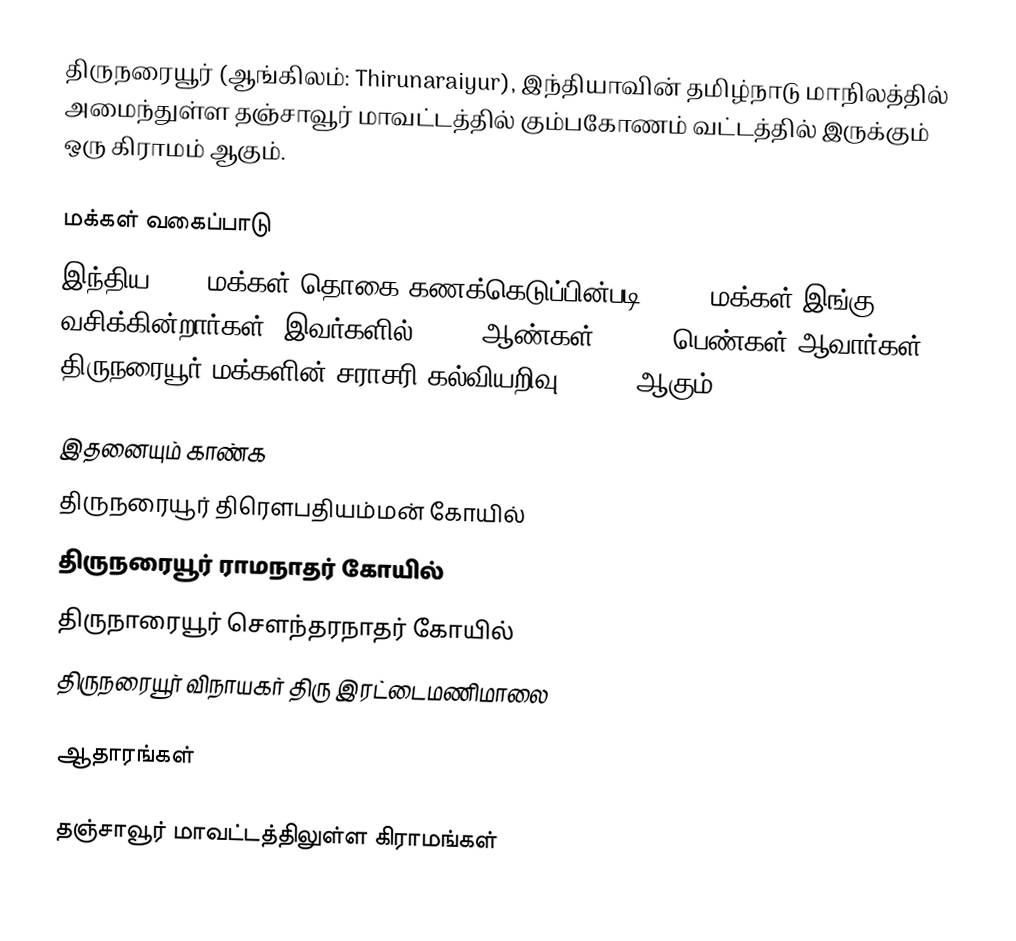
திருநரையூர்  (ஆங்கிலம்: Thirunaraiyur), இந்தியாவின் தமிழ்நாடு மாநிலத்தில் அமைந்துள்ள தஞ்சாவூர் மாவட்டத்தில்   கும்பகோணம் வட்டத்தில் இருக்கும்  ஒரு கிராமம் ஆகும்.

மக்கள் வகைப்பாடு
இந்திய 2001 மக்கள் தொகை கணக்கெடுப்பின்படி 5,698 மக்கள் இங்கு வசிக்கின்றார்கள்.  இவர்களில் 2,787 ஆண்கள், 2,911 பெண்கள் ஆவார்கள். திருநரையூர்  மக்களின் சராசரி கல்வியறிவு 75.95% ஆகும்.

இதனையும் காண்க
 திருநரையூர் திரௌபதியம்மன் கோயில்
 திருநரையூர் ராமநாதர் கோயில்
 திருநாரையூர் சௌந்தரநாதர் கோயில்
 திருநரையூர் விநாயகர் திரு இரட்டைமணிமாலை

ஆதாரங்கள்

தஞ்சாவூர் மாவட்டத்திலுள்ள கிராமங்கள்